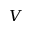
V